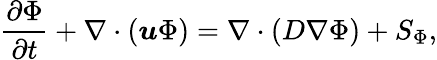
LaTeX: \frac{\partial\Phi}{\partial t}+\nabla\cdot(\boldsymbol{u}\Phi)=\nabla\cdot(D\nabla\Phi)+S_{\Phi},